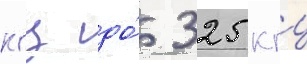
кгц до́ 325 кгц